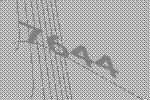
7644